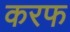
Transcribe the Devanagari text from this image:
करफ